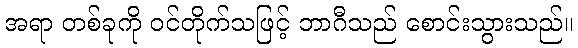
အရာ တစ်ခုကို ဝင်တိုက်သဖြင့် ဘာဂီသည် စောင်းသွားသည်။